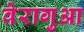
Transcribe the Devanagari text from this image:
वेरागुआ